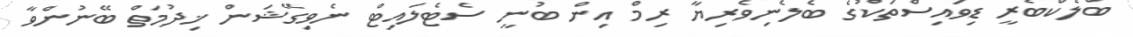
ބްލެކްބެރީ ޑިވައިސްތަކުގެ ބެލެނިވެރިޔާ ރިމް އިން ބުނީ ސެޓެލައިޓް ނެވިގޭޝަން ޚިދުމަތް ބޭނުންވާ